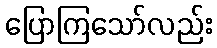
ပြောကြသော်လည်း